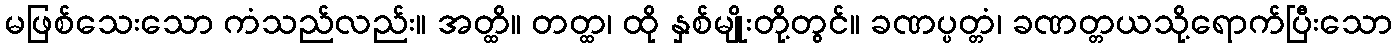
မဖြစ်သေးသော ကံသည်လည်း။ အတ္ထိ။ တတ္ထ၊ ထို နှစ်မျိုးတို့တွင်။ ခဏပ္ပတ္တံ၊ ခဏတ္တယသို့ရောက်ပြီးသော